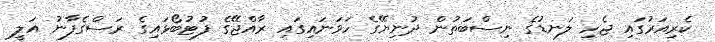
ކެރިއަރުގައި ޖެހި ލަނޑުގެ ނިސްބަތުން ދުނިޔޭގެ ހަވަނައިގައި ރާއްޖޭގެ ފުޓުބޯޅައިގެ ރަސްގެފާނު އަލީ